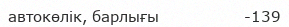
автокөлік, барлығы                 -139